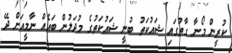
ކުރީން މޯނާ ގާތުގައި ޝައުކަތު ބުނީ ޝައުކަތުގެ މުދަލުން ބައެއް ނާމީއަށް ދޭ